Vaccination in the Punjab 1919-1929 - 1919-1929
Year: 1919
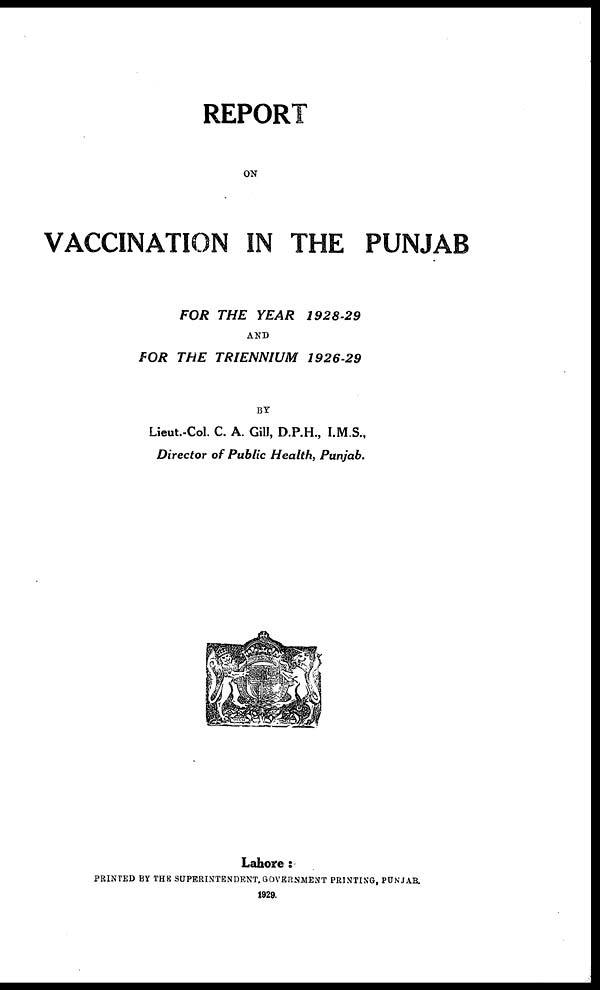
REPORT
ON
VACCINATION IN THE PUNJAB
FOR THE YEAR
1928-29
AND
FOR THE TRIENNIUM
1926-29
BY
Lieut.-Col. C. A. Gill, D.P.H., I.M.S.,
Director of Public Health, Punjab.
Lahore :
PRINTED BY THE SUPERINTENDENT, GOVERNMENT PRINTING, PUNJAB.
1929.